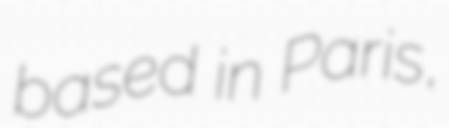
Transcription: based in Paris,